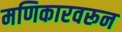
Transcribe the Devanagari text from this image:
मणिकारवरून